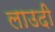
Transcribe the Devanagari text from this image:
लाउदी